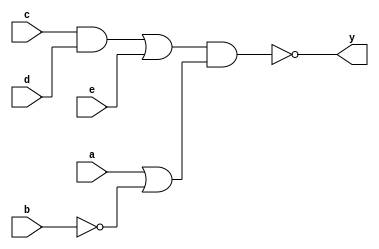
`timescale 1ns / 1ps
//////////////////////////////////////////////////////////////////////////////////
// Company: 
// Engineer: 
// 
// Design Name: 
// Module Name:    two_c 
// Project Name: 
// Target Devices: 
// Tool versions: 
// Description: 
//
// Dependencies: 
//
// Revision: 
// Revision 0.01 - File Created
// Additional Comments: 
//
//////////////////////////////////////////////////////////////////////////////////
module two_c(a,b,c,d,e,y);
input a,b,c,d,e;
output y;
wire 	w_1 , w_2 , w_3 ,w_4;
or(w_1,a,~b);
and(w_2,c,d);
or(w_3,w_2,e);
and(w_4,w_3,w_1);
assign y = ~(w_4);
endmodule